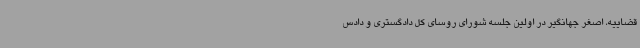
قضاییه، اصغر جهانگیر در اولین جلسه شورای روسای کل دادگستری و دادس